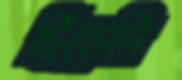
ছিঁড়েনি